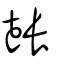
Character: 鼞